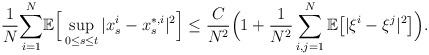
LaTeX: \begin{align*}\frac{1}{N}\underset{i=1}{\overset{N}{\sum}}\mathbb{E}\Big[\sup_{0\leq s\leq t}|x_s^i-x_s^{*,i}|^2\Big] \leq\frac{C}{N^2}\Big(1+\frac{1}{N^2}\sum_{i,j=1}^N\mathbb E\big[|\xi^i-\xi^j|^2\big]\Big).\end{align*}